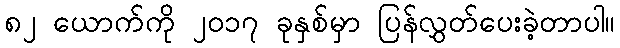
၈၂ ယောက်ကို ၂၀၁၇ ခုနှစ်မှာ ပြန်လွှတ်ပေးခဲ့တာပါ။